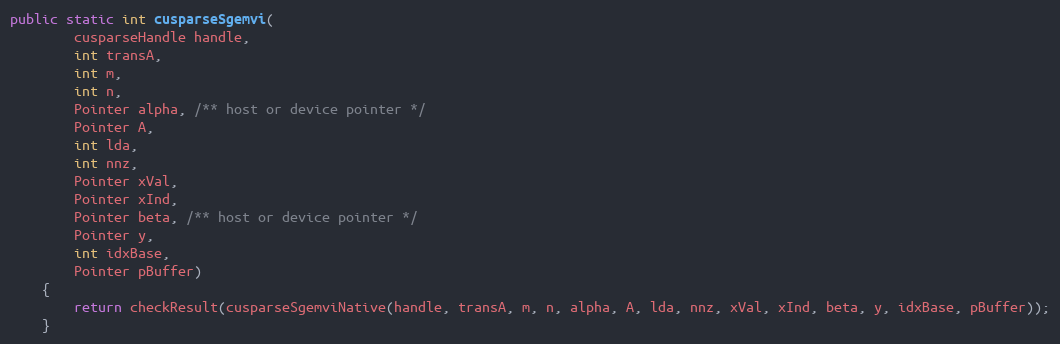
Language: Java
public static int cusparseSgemvi(
        cusparseHandle handle,
        int transA,
        int m,
        int n,
        Pointer alpha, /** host or device pointer */
        Pointer A,
        int lda,
        int nnz,
        Pointer xVal,
        Pointer xInd,
        Pointer beta, /** host or device pointer */
        Pointer y,
        int idxBase,
        Pointer pBuffer)
    {
        return checkResult(cusparseSgemviNative(handle, transA, m, n, alpha, A, lda, nnz, xVal, xInd, beta, y, idxBase, pBuffer));
    }